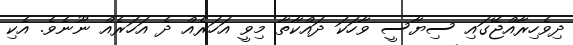
ދިވެހިރާއްޖޭގައި ސިޔާސީ ވާހަކަ ދައްކާތާ މިވީ އަހަރެއް ދެ އަހަރެއް ނޫނެވެ. އެކި